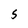
Character: S